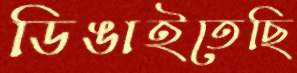
ডিঙাইতেছি